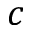
c